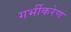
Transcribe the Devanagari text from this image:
गर्भीकरेण